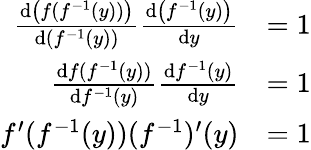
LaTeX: {\begin{array}{rl}{{\frac{\mathrm{d}\left(f(f^{-1}(y))\right)}{\mathrm{d}\left(f^{-1}(y)\right)}}{\frac{\mathrm{d}\left(f^{-1}(y)\right)}{\mathrm{d}y}}}&{=1}\\ {{\frac{\mathrm{d}f(f^{-1}(y))}{\mathrm{d}f^{-1}(y)}}{\frac{\mathrm{d}f^{-1}(y)}{\mathrm{d}y}}}&{=1}\\ {f^{\prime}(f^{-1}(y))(f^{-1})^{\prime}(y)}&{=1}\end{array}}